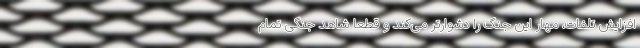
افزایش تلفات، مهار این جنگ را دشوارتر می‌کند و قطعا شاهد جنگی تمام